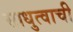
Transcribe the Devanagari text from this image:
साधुत्वाची